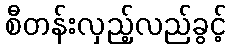
စီတန်းလှည့်လည်ခွင့်